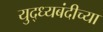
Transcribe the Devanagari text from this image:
युद्ध्यबंदीच्या